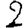
Digit: 2